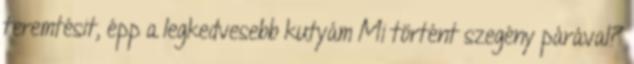
teremtésit, épp a legkedvesebb kutyám Mi történt szegény párával?